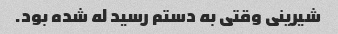
شیرینی وقتی به دستم رسید له شده بود.